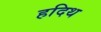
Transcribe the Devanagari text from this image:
हदिथ